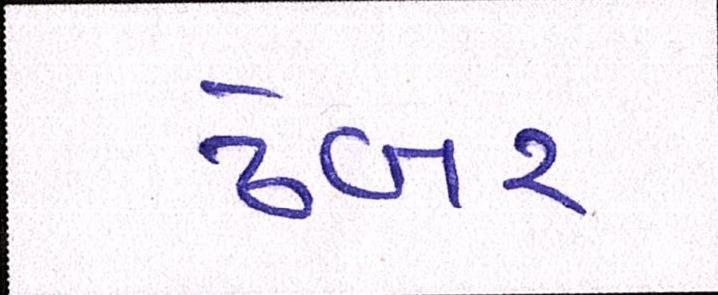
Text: ઢેબર